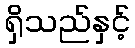
ရှိသည်နှင့်